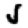
Digit: 5